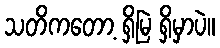
သတိကတော့ ရှိမြဲ ရှိမှာပဲ။